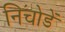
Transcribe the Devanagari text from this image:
निचोडें